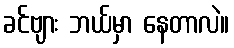
ခင်ဗျား ဘယ်မှာ နေတာလဲ။